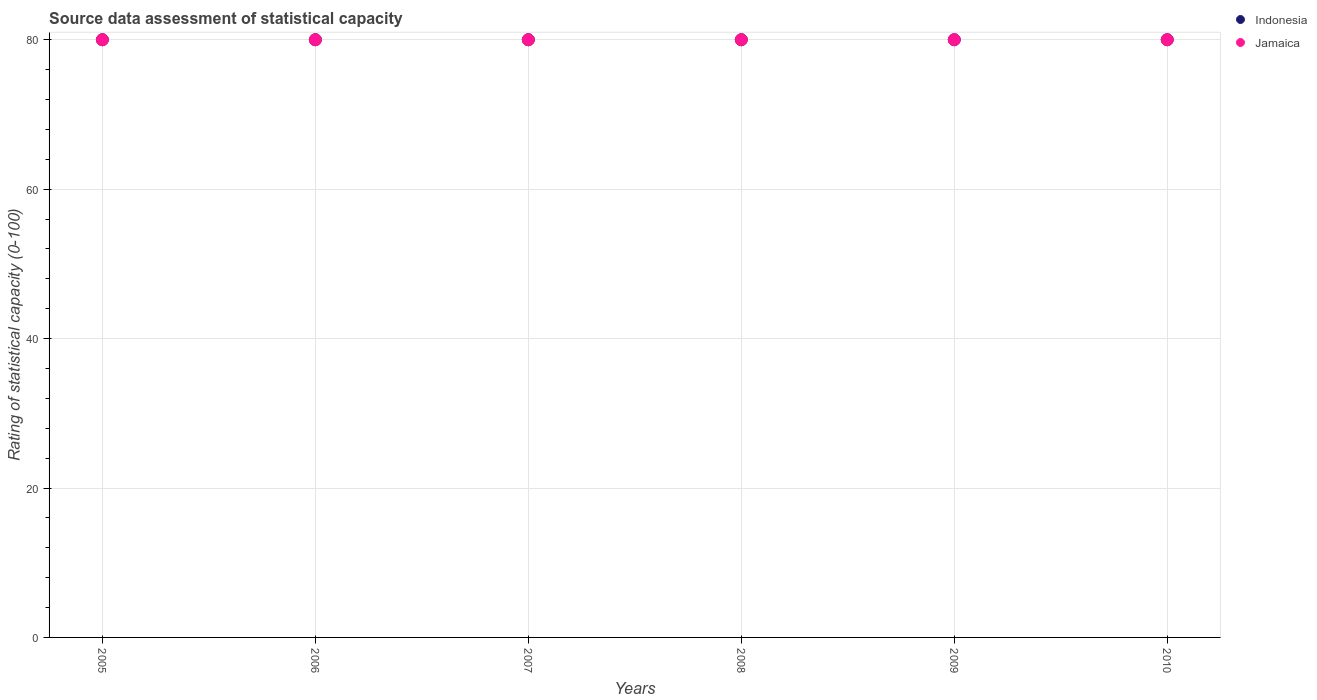
| Years | Indonesia | Jamaica |
 | --- | --- | --- |
 | 2005 | 80 | 80 |
 | 2006 | 80 | 80 |
 | 2007 | 80 | 80 |
 | 2008 | 80 | 80 |
 | 2009 | 80 | 80 |
 | 2010 | 80 | 80 |